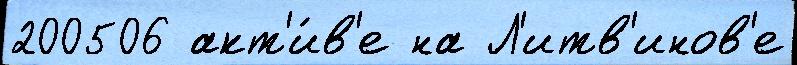
200506 акт'и́в'е на Л'итв'инов'е